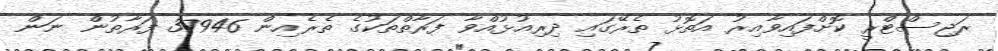
ރަޖިސްޓްރީ ކޮށްފައިވާއިރު އަތޮޅު ތެރޭގައި ދިރިއުޅުއްވާ ފަރާތްތަކުގެ ތެރެއިން 37946 ފަރާތުން ނަން